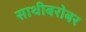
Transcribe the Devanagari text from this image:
साथीबरोबर